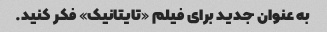
به عنوان جدید برای فیلم «تایتانیک» فکر کنید.